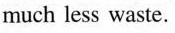
much less waste.